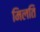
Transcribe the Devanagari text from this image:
मिलति